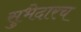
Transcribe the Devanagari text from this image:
सुभेदारच